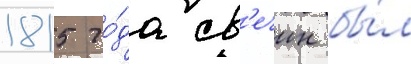
1815 го́да св'ечин бы́л